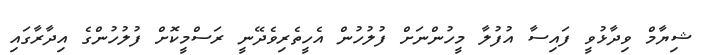
ޝިޔާމް ވިދާޅުވީ ފައިސާ އުފުލާ މީހުންނަށް ފުލުހުން އެހީތެރިވެދޭނީ ރަސްމީކޮށް ފުލުހުންގެ އިދާރާގައި